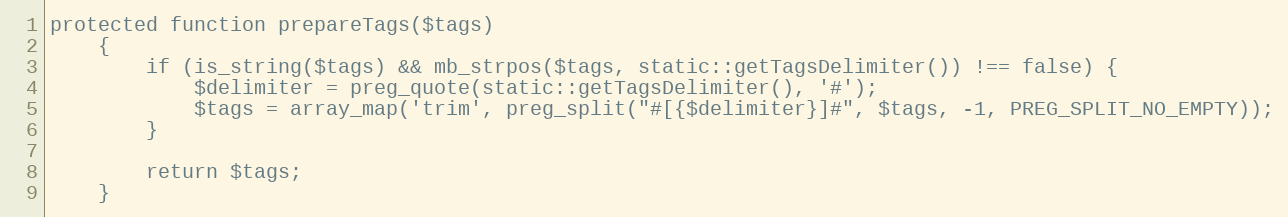
Language: PHP
protected function prepareTags($tags)
    {
        if (is_string($tags) && mb_strpos($tags, static::getTagsDelimiter()) !== false) {
            $delimiter = preg_quote(static::getTagsDelimiter(), '#');
            $tags = array_map('trim', preg_split("#[{$delimiter}]#", $tags, -1, PREG_SPLIT_NO_EMPTY));
        }

        return $tags;
    }